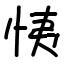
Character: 恞